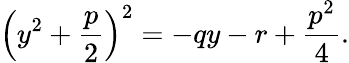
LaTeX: \left(y^{2}+{\frac{p}{2}}\right)^{2}=-qy-r+{\frac{p^{2}}{4}}.